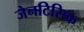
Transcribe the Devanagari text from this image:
जेनटिसिक